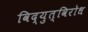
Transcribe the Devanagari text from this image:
विद्युत्‌विरोध